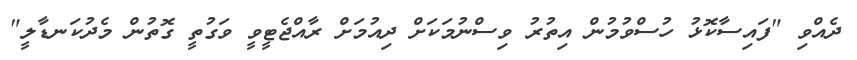
ދެއްވި "ފައިސާކޮޅު ހުސްވުމުން އިތުރު ވިސްނުމަކަށް ދިއުމަށް ރާއްޖެޓީވީ ވަގުތީ ގޮތުން މެދުކަނޑާލީ"